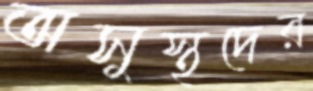
অসুস্থদের